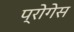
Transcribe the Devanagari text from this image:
प्रोगेस